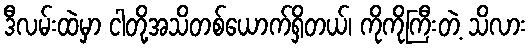
ဒီလမ်းထဲမှာ ငါတို့အသိတစ်ယောက်ရှိတယ်၊ ကိုကိုကြီးတဲ့ သိလား